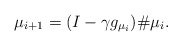
\begin{align*} \mu_{i+1} = (I - \gamma g_{\mu_i})\# \mu_i. \end{align*}